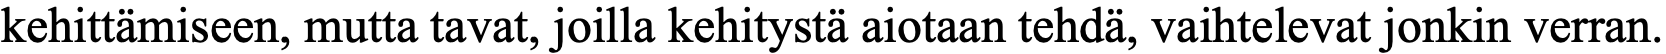
kehittämiseen, mutta tavat, joilla kehitystä aiotaan tehdä, vaihtelevat jonkin verran.